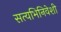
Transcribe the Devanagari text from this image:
सत्यभिनिवेशी